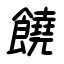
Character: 饒